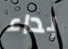
بداء